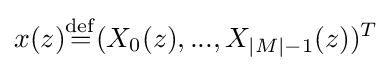
x(z){\stackrel {\rm {def}}{=}}(X_{0}(z),...,X_{|M|-1}(z))^{T}